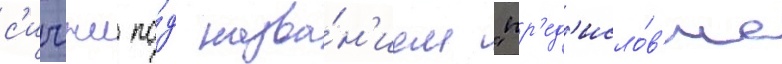
с'ичжи по́д назва́н'ием "пр'ед'исло́в'ие